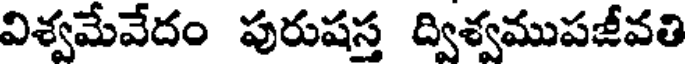
విశ్వమేవేదం పురుషస్త ద్విశ్వముపజీవతి